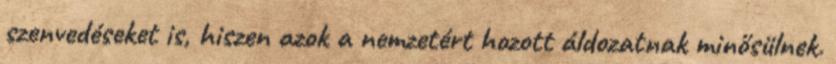
szenvedéseket is, hiszen azok a nemzetért hozott áldozatnak minősülnek.